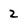
Character: 2